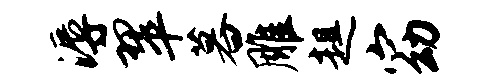
溽翠暮雕趄窈